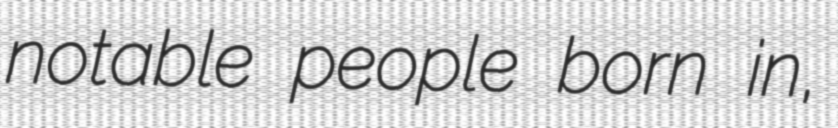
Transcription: notable people born in,